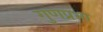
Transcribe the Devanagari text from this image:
गुणप्रभा